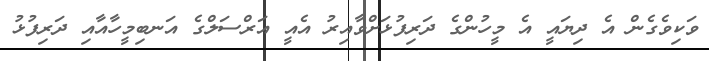
ވަކިވެގެން އެ ދިޔައީ އެ މީހުންގެ ދަރިފުޅަށްވާއިރު އެއީ އަރްސަލްގެ އަނބިމީހާއާއި ދަރިފުޅު